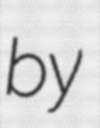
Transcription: by